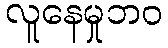
လူနေမှုဘဝ